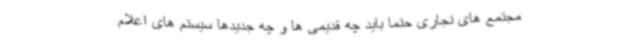
مجتمع های تجاری حتما باید چه قدیمی ها و چه جدیدها سیستم های اعلام